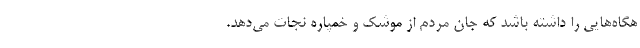
هگاه‌هایی را داشته باشد که جان مردم از موشک و خمپاره نجات می‌دهد.